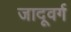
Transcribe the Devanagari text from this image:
जादूवर्ग